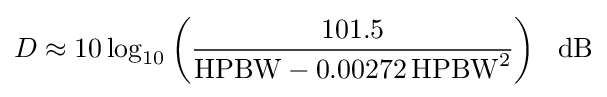
D\approx 10\log _{10}\left({\frac {101.5}{{\text{HPBW}}-0.00272\,{\text{HPBW}}^{2}}}\right)\ {\text{ dB}}